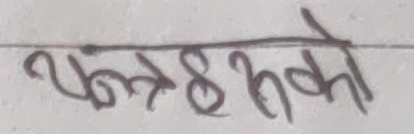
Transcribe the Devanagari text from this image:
फलहरूको